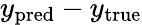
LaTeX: y_{\mathrm{pred}}-y_{\mathrm{true}}